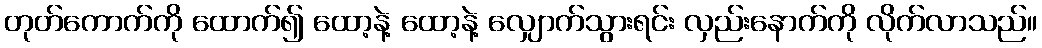
တုတ်ကောက်ကို ထောက်၍ ထော့နဲ့ ထော့နဲ့ လျှောက်သွားရင်း လှည်းနောက်ကို လိုက်လာသည်။